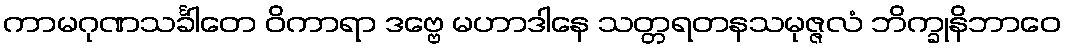
ကာမဂုဏသင်္ခါတေ ဝိကာရာ ဒဗ္ဗေ မဟာဒါနေ သတ္တရတနသမုဇ္ဇလံ ဘိက္ခုနိဘာဝေ